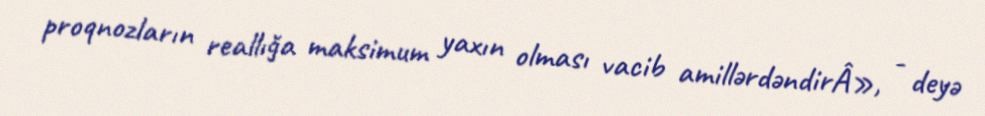
proqnozların reallığa maksimum yaxın olması vacib amillərdəndirÂ», - deyə